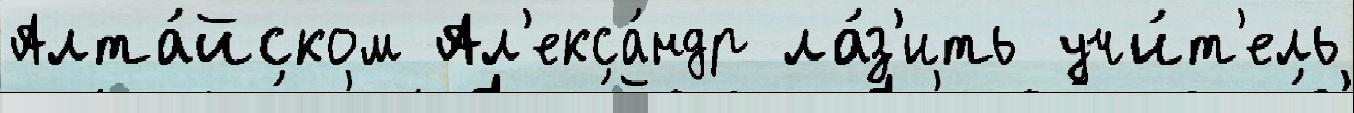
Алта́йском Ал'екса́ндр ла́з'ить учи́т'ель